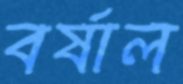
বর্ষাল